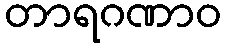
တာရဂဏာဝ